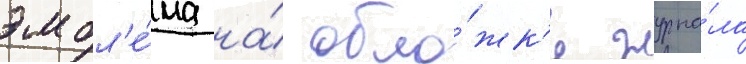
эмбл'е́ма на́ обло́жк'е журна́ла